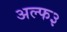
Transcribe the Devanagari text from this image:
अल्फ३